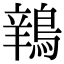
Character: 𫛅